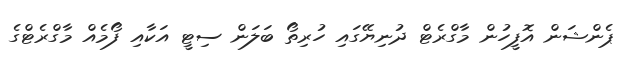
ޕެންޝަން އޮފީހުން މާގްރެޓް ދުނިޔޭގައި ހުރިތޯ ބަލަން ސިޓީ އަކާއި ފޯމެއް މާގްރެޓްގެ